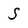
Character: S